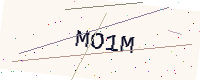
Text: MO1M